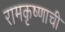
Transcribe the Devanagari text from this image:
रामकृष्णाची